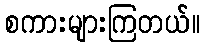
စကားများကြတယ်။